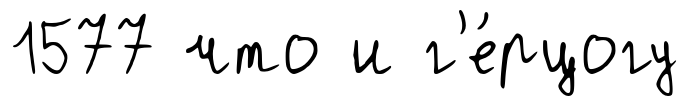
1577 что и г'е́рцогу